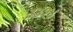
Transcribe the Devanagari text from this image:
३३१४